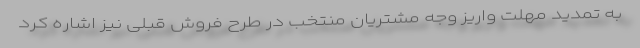
به تمدید مهلت واریز وجه مشتریان منتخب در طرح فروش قبلی نیز اشاره کرد